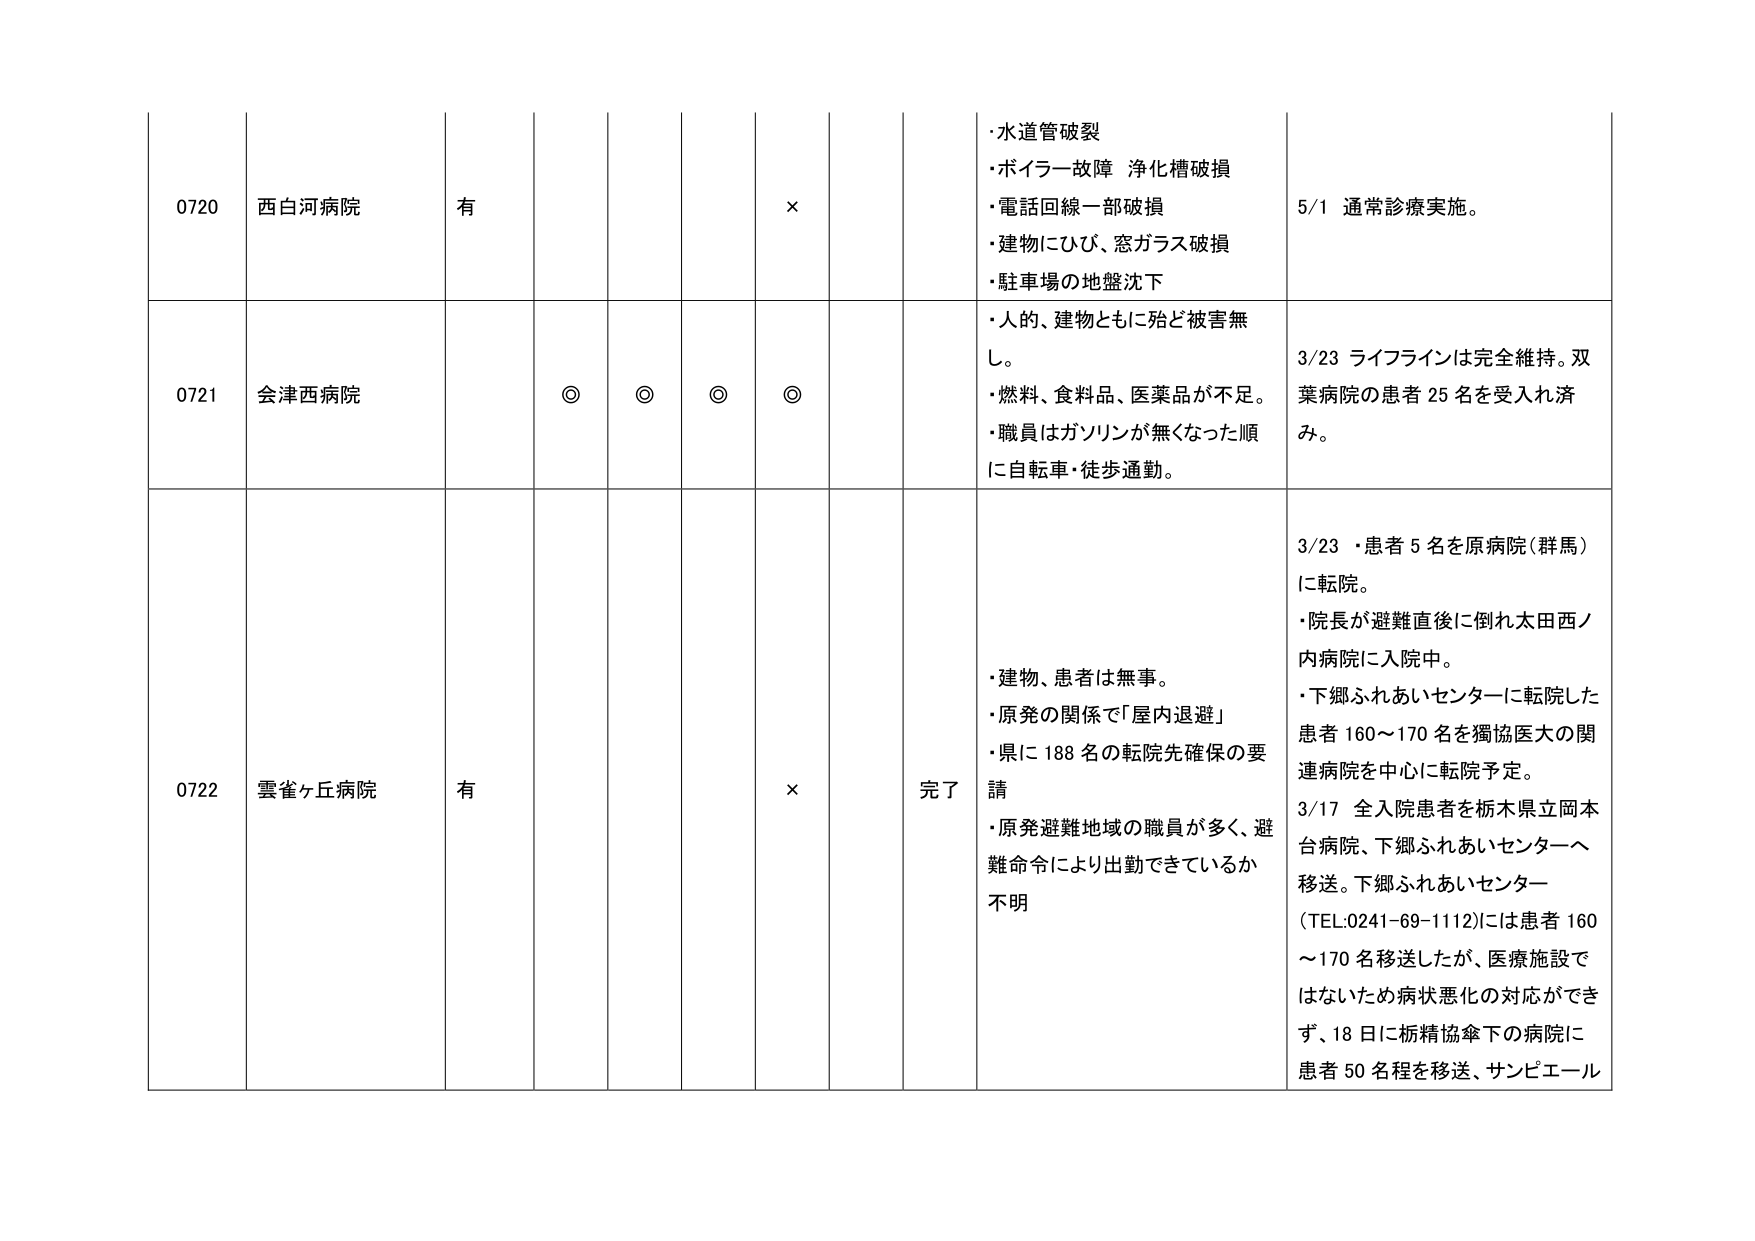
0720 西白河病院 有 × ・水道管破裂 ・ボイラー故障 浄化槽破損 ・電話回線一部破損 ・建物にひび、窓ガラス破損 ・駐車場の地盤沈下 5/1 通常診療実施。

0721 会津西病院 ◎ ◎ ◎ ◎ ・人的、建物ともに殆ど被害無し。 ・燃料、食料品、医薬品が不足。 ・職員はガソリンが無くなった順に自転車・徒歩通勤。 3/23 ライフラインは完全維持。双葉病院の患者25名を受入れ済み。

0722 雲雀ヶ丘病院 有 × 完了 ・建物、患者は無事。 ・原発の関係で「屋内退避」 ・県に188名の転院先確保の要請 ・原発避難地域の職員が多く、避難命令により出勤できているか不明 3/23 ・患者5名を原病院（群馬）に転院。 ・院長が避難直後に倒れ太田西ノ内病院に入院中。 ・下郷ふれあいセンターに転院した患者160～170名を獨協医大の関連病院を中心に転院予定。 3/17 全入院患者を栃木県立岡本台病院、下郷ふれあいセンターへ移送。下郷ふれあいセンター（TEL:0241-69-1112）には患者160～170名移送したが、医療施設ではないため病状悪化の対応ができず、18日に栃精協傘下の病院に患者50名程を移送、サンピエール